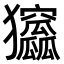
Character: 𤣛